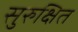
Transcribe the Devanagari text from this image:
सुरुक्षित